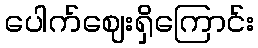
ပေါက်ဈေးရှိကြောင်း